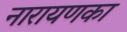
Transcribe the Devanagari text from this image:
नारायणका